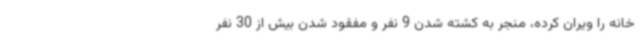
خانه را ویران کرده، منجر به کشته شدن 9 نفر و مفقود شدن بیش از 30 نفر